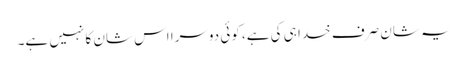
یہ شان صرف خدا ہی کی ہے، کوئی دوسرا اس شان کا نہیں ہے۔